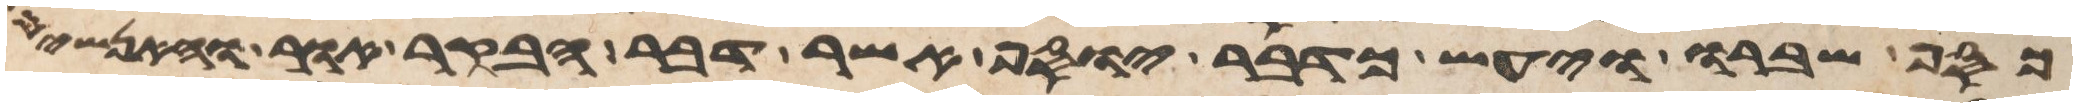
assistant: כסף שברו ויעש כדבר יוסף אשר דבר הבקר אור והאנשים